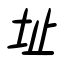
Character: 址